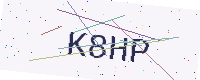
Text: K8HP